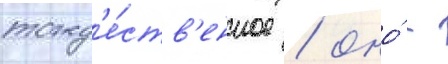
тожд'е́ств'енное / оно́ -